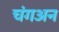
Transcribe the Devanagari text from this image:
चंगअन